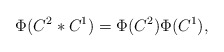
\begin{align*}\Phi(C^2*C^1) = \Phi(C^2) \Phi(C^1),\end{align*}